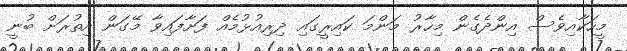
މީހަކާއިވެސް އިންދެގެން މިހާރު މަންމަ ކައިރީގައި ދިރިއުޅުމެއް ފަށާފައިވާ މޭގަން އިތުރަށް ބުނީ